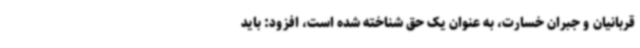
قربانیان و جبران خسارت، به عنوان یک حق شناخته شده است، افزود: باید